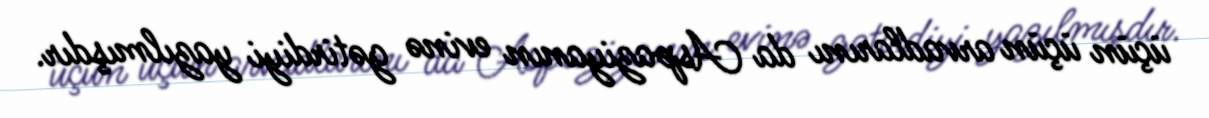
üçün üçün arvadlarını da Aspaziyanın evinə gətirdiyi yazılmışdır.